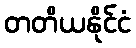
တတိယနိုင်ငံ